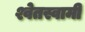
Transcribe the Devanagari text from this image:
श्वेतस्वामी